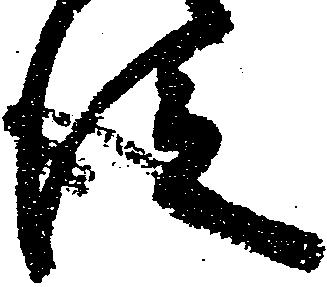
従